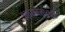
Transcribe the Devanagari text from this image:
आपापसांतही